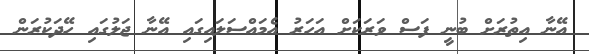
އޭނާ އިތުރަށް ބުނީ ފަސް ވަރަކަށް އަހަރު އެމައްސަލައިގައި އޭނާ ޖަލުގައި ހޭދަކުރަން